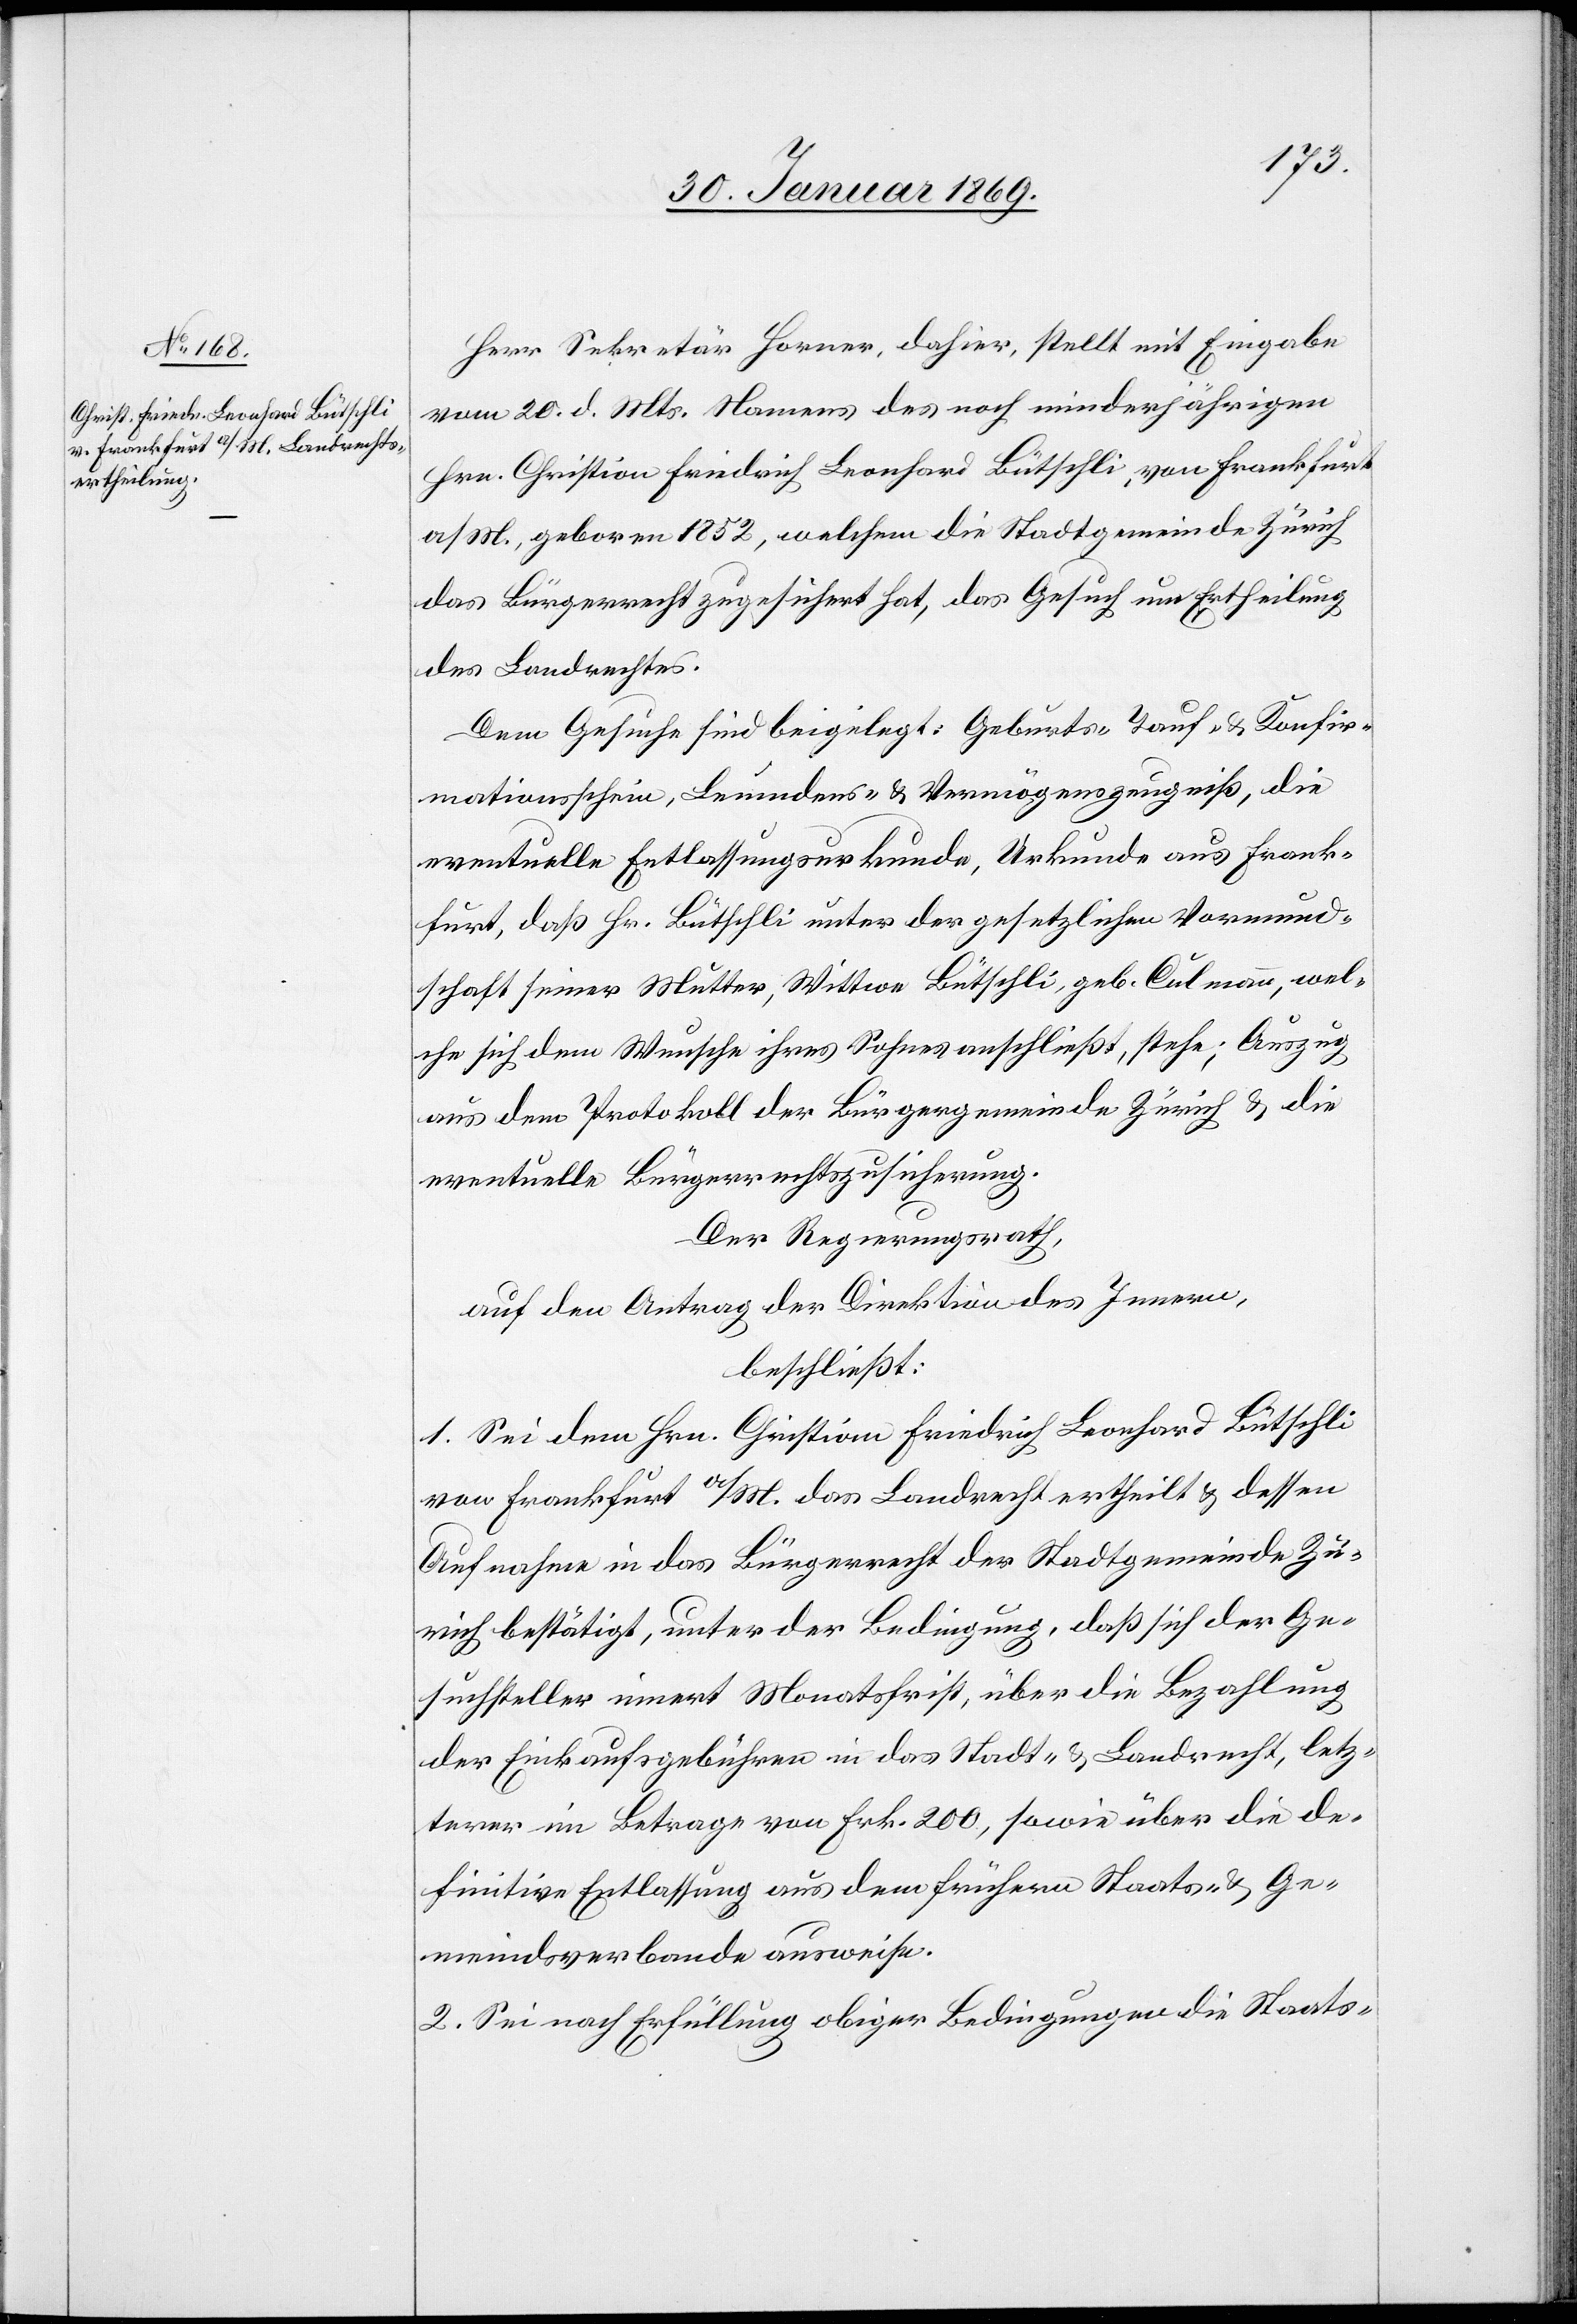
Herr Sekretär Horner, dahier, stellt mit Eingabe
vom 20. d. Mts. Namens des noch minderjährigen
Hrn. Christian Friedrich Leonhard Bütschli, von Frankfurt
a/M. geboren 1852, welchem die Stadtgemeinde Zürich
das Bürgerrecht zugesichert hat, das Gesuch um Ertheilung
des Landrechtes.
Dem Gesuche sind beigelegt: Geburts- Tauf- u. Konfir¬
mationsschein, Leumdens- u. Vermögenszeugniß, die
eventuelle Entlassungsurkunde, Urkunde aus Frankre¬
ich, daß Hr. Bütschli unter der gesetzlichen Vormund¬
schaft seiner Mutter, Wittwe Bütschli, geb. Culmann, wel¬
che sich dem Wunsche ihres Sohnes anschließt, stehe; Auszug
aus dem Protokoll der Bürgergemeinde Zürich u. die
eventuelle Bürgerrechtszusicherung.
Der Regierungsrath,
auf den Antrag der Direktion des Innern,
beschließt:
1. Sei dem Hrn. Christian Friedrich Leonhard Bütschli
von Frankfurt a/M. das Landrecht ertheilt u. dessen
Aufnahme in das Bürgerrecht der Stadtgemeinde Zü¬
rich bestätigt, unter der Bedingung, daß sich der Ge¬
suchsteller innert Monatsfrist über die Bezahlung
der Einkaufsgebühren in das Stadt- u. Landrecht, letz¬
terer im Betrage von Frk. 200, sowie über die de¬
finitive Entlassung aus dem frühern Staats- u. Ge¬
meindsverbande ausweise.
2. Sei nach Erfüllung obiger Bedingung die Staats-